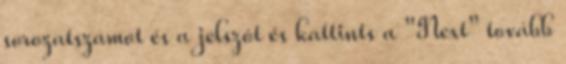
sorozatszámot és a jelszót és kattints a "Next" tovább